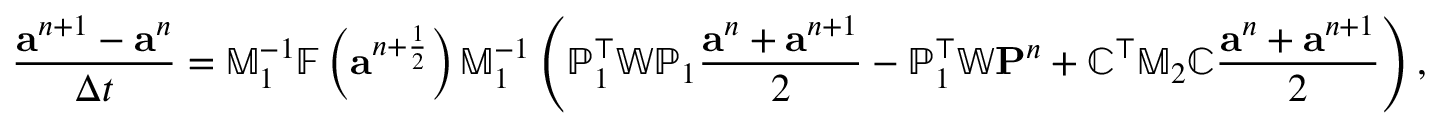
\frac { { \mathbf a } ^ { n + 1 } - { \mathbf a } ^ { n } } { \Delta t } = \mathbb { M } _ { 1 } ^ { - 1 } \mathbb { F } \left( { \mathbf a } ^ { n + \frac { 1 } { 2 } } \right) \mathbb { M } _ { 1 } ^ { - 1 } \left( { \mathbb P } _ { 1 } ^ { \top } \mathbb { W } { \mathbb P } _ { 1 } \frac { { \mathbf a } ^ { n } + { \mathbf a } ^ { n + 1 } } { 2 } - \mathbb { P } _ { 1 } ^ { \top } \mathbb { W } { \mathbf P } ^ { n } + { \mathbb C } ^ { \top } \mathbb { M } _ { 2 } { \mathbb C } \frac { { \mathbf a } ^ { n } + { \mathbf a } ^ { n + 1 } } { 2 } \right) ,